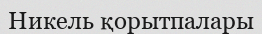
Никель қорытпалары